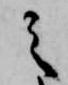
之